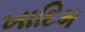
ખાદિમ